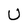
Character: U